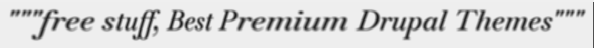
"""free stuff, Best Premium Drupal Themes"""